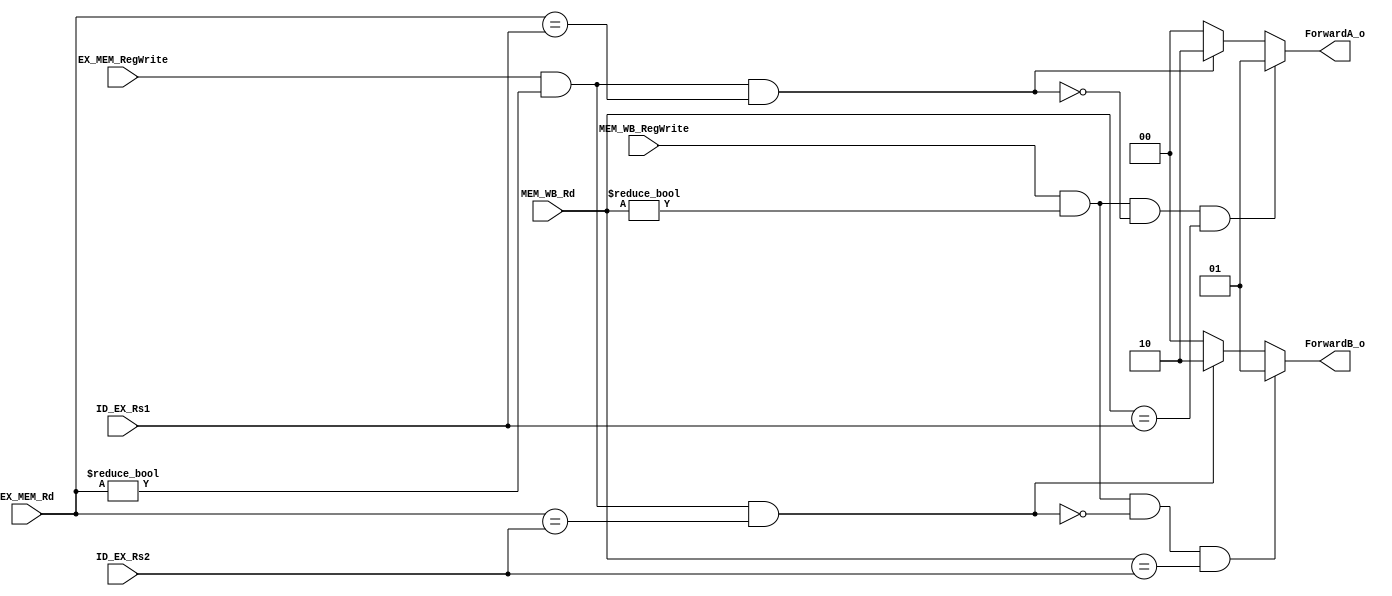
module forwardingUnit
(  
    ID_EX_Rs1,
    ID_EX_Rs2,     
    EX_MEM_RegWrite,
    EX_MEM_Rd,
    MEM_WB_RegWrite,
    MEM_WB_Rd,
    ForwardA_o,
    ForwardB_o
);


input			    EX_MEM_RegWrite, MEM_WB_RegWrite;
input	    [4:0]	ID_EX_Rs1, ID_EX_Rs2, EX_MEM_Rd, MEM_WB_Rd;
output  	[1:0]	ForwardA_o, ForwardB_o;

reg 	    [1:0]	ForwardA_o, ForwardB_o;

always@(*)begin
    ForwardA_o = 2'b00;
    ForwardB_o = 2'b00;

    // EX hazard
    if(EX_MEM_RegWrite && 
    (EX_MEM_Rd != 5'b00000) && 
    (EX_MEM_Rd == ID_EX_Rs1)) ForwardA_o = 2'b10;

    if(EX_MEM_RegWrite && 
    (EX_MEM_Rd != 5'b00000) && 
    (EX_MEM_Rd == ID_EX_Rs2)) ForwardB_o = 2'b10;


    if (MEM_WB_RegWrite &&
    (MEM_WB_Rd != 0)
    && !(EX_MEM_RegWrite && (EX_MEM_Rd != 0)
        && (EX_MEM_Rd == ID_EX_Rs1))
    && (MEM_WB_Rd == ID_EX_Rs1)) ForwardA_o = 2'b01;
 
    if (MEM_WB_RegWrite &&
    (MEM_WB_Rd != 0)
    && !(EX_MEM_RegWrite && (EX_MEM_Rd != 0)
        && (EX_MEM_Rd == ID_EX_Rs2))
    && (MEM_WB_Rd == ID_EX_Rs2)) ForwardB_o = 2'b01;

end
endmodule